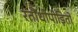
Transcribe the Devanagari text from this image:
रतौंधीपीड़ितों